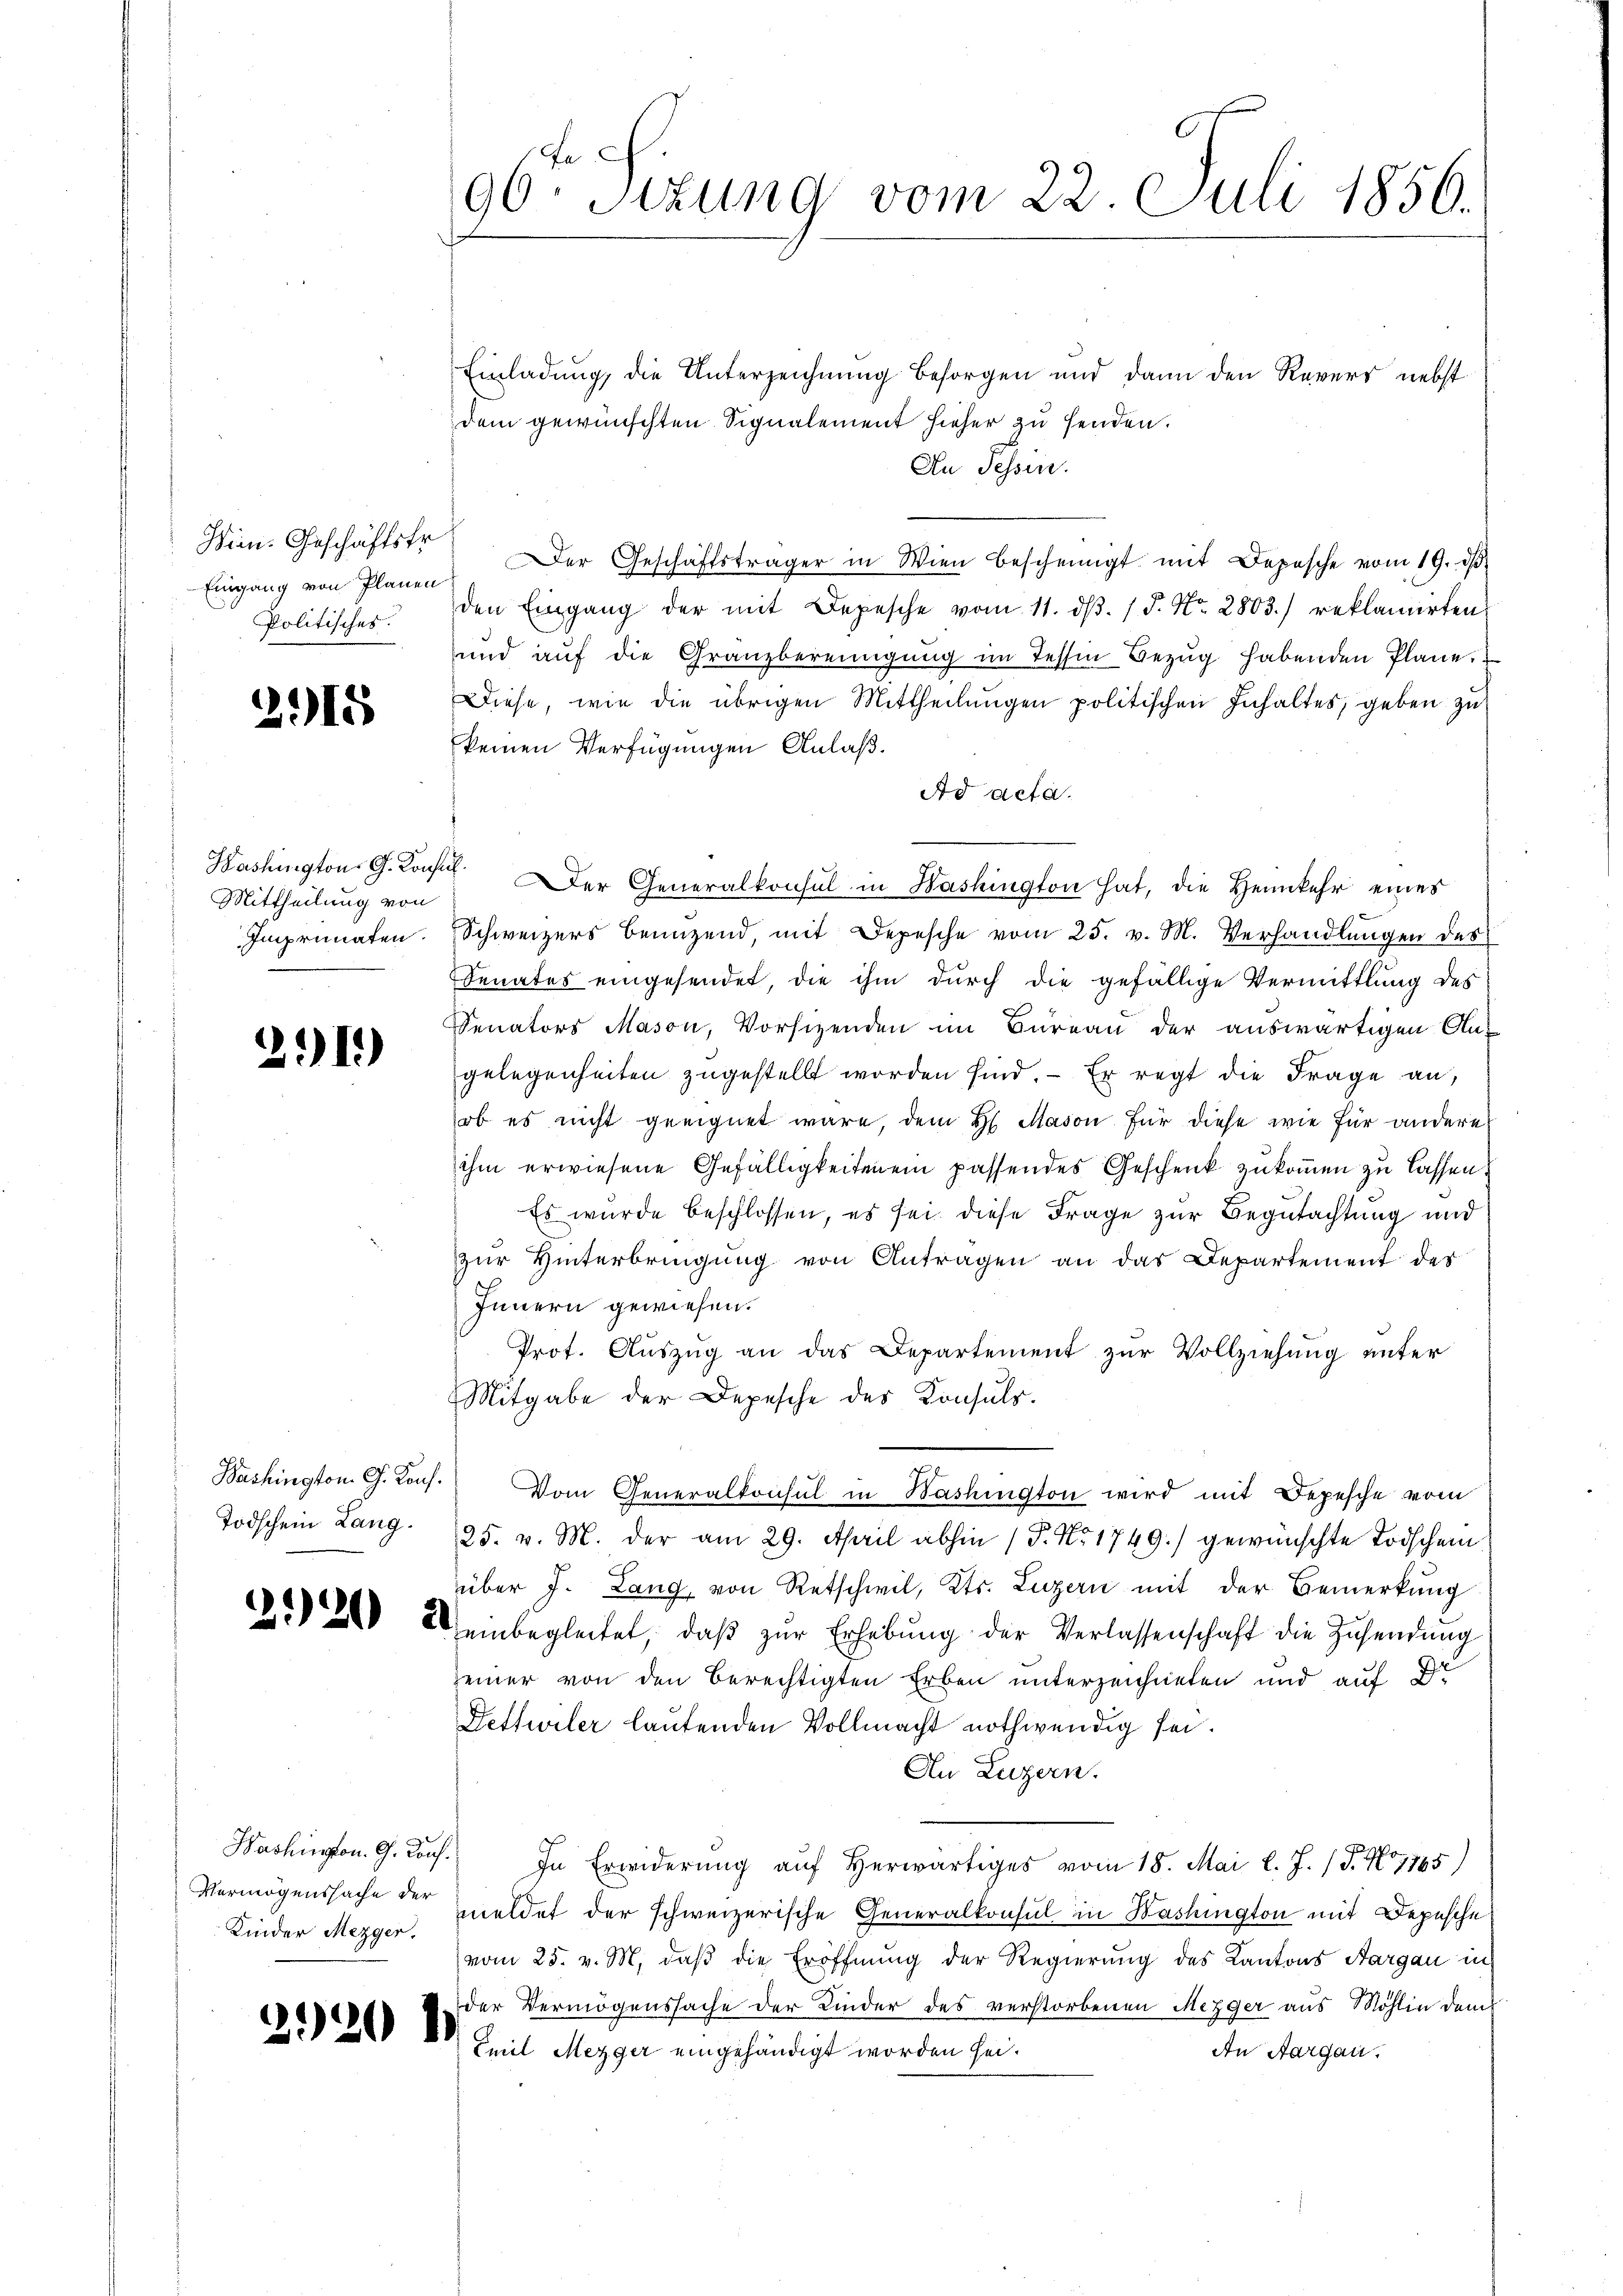
Wien. Geschäftsfr.
Eingang von Planen
Politisches.

215

Washington G. Kon
Mittheilung von
Imprunaten.

2.11)

Bashington G. Konf.
Todschein Lang¬

2.20 2

Vermögenssache der
Kinder Mezger.

2920

96ten Sizung vom 22. Juli 1856.

Einladung, die Unterzeichnung besorgen und dann den Revers nebst
dem gewünschten Signalement hieher zu senden.
An Tessin.
Der Geschäftsträger in Wien bescheinigt mit Depesche vom 19. dβ
den Eingang der mit Depesche vom 11. dβ. 15. No. 2803) reklamirten
und aŭf die Granzbereinigung im Tessin Bezug habenden Plane.
Diese, wie die übrigen Mittheilungen politischen Inhaltes, geben zu
keinen Verfügungen Anlaß.
Ad acta.
.
Der Generalkonsul in Washington hat, die Heimkehr eines
Schweizers benuzend, mit Depesche vom 25. v. M. Verhandlungen des
Senates eingesendet, die ihm durch die gefällige Vermittlung des
Senators Mason, Vorsizenden im Bureau der auswärtigen An-
gelegenheiten zugestellt worden sind. - Er regt die Frage an,
ob es nicht geeignet wäre, dem H. Mason für diese wie für anderes
ihm erwiesene Gefälligkeiten ein passendes Geschenk zukommen zu lassen.
Es wurde beschlossen, es sei diese Frage zur Begutachtung und
zur Hinterbringung von Antragen an das Departement des
Innern gewiesen.
Prot. Auszug an das Departement zur Vollziehung unter
Mitgabe der Depesche des Konsuls.
 Vom Generalkonsul in Bashington wird mit Depesche vom
25. v. M. der am 29. April abhin (P. Nr. 1749.) gewünschte Todschein
über J. Lang, von Retschwil, Kts. Luzern mit der Bemerkung
einbegleitet, daβ zŭr Erhebŭng der Verlassenschaft die Zŭsendŭng
einer von den berechtigten Erben unterzeichneten und auf de
Fettwiler lautenden Vollmacht nothwendig sei.
An Luzern.
Hashingen. G. Kons. In Erwiderung auf herwärtiges vom 18. Mai l. J. 18. No 1765)
meldet der schweizerische Generalkonsul in Washington mit Depesche
vom 25. v. M. daß die Eröffnung der Regierung des Kantons Aargau in
der Vermögenssache der Kinder des verstorbenen Mezger aus Möhlin dem
Emil Mezger eingehändigt worden sei.
An Aargau.